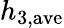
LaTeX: h_{3,\mathrm{ave}}